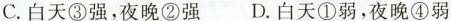
C.白天③强，夜晚②强 D.白天①弱，夜晚④弱